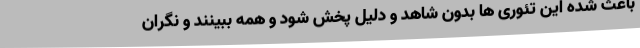
باعث شده این تئوری ها بدون شاهد و دلیل پخش شود و همه ببینند و نگران